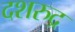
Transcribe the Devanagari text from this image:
दशरुद्र